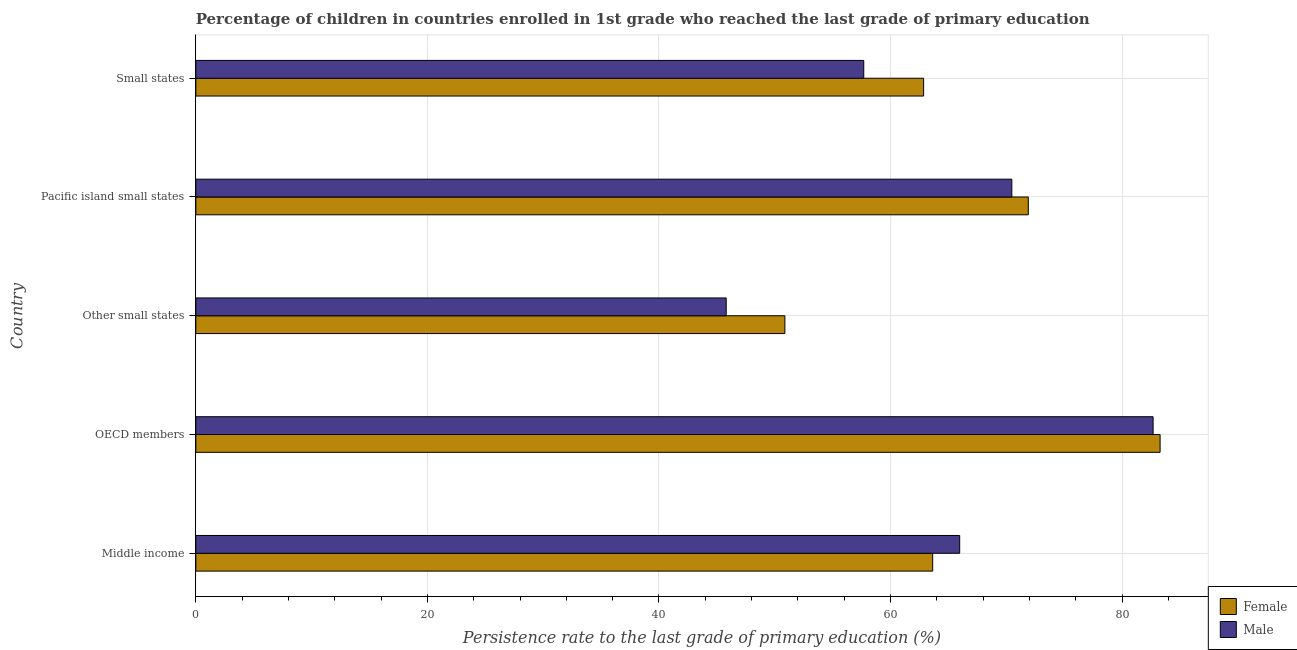
| Country | Female | Male |
 | --- | --- | --- |
 | Middle income | 63.6 | 66 |
 | OECD members | 83.3 | 82.7 |
 | Other small states | 50.9 | 45.8 |
 | Pacific island small states | 71.9 | 70.5 |
 | Small states | 62.9 | 57.7 |